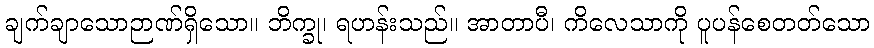
ချက်ချာသောဉာဏ်ရှိသော။ ဘိက္ခု၊ ရဟန်းသည်။ အာတာပီ၊ ကိလေသာကို ပူပန်စေတတ်သော